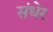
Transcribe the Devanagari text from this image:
संधेर